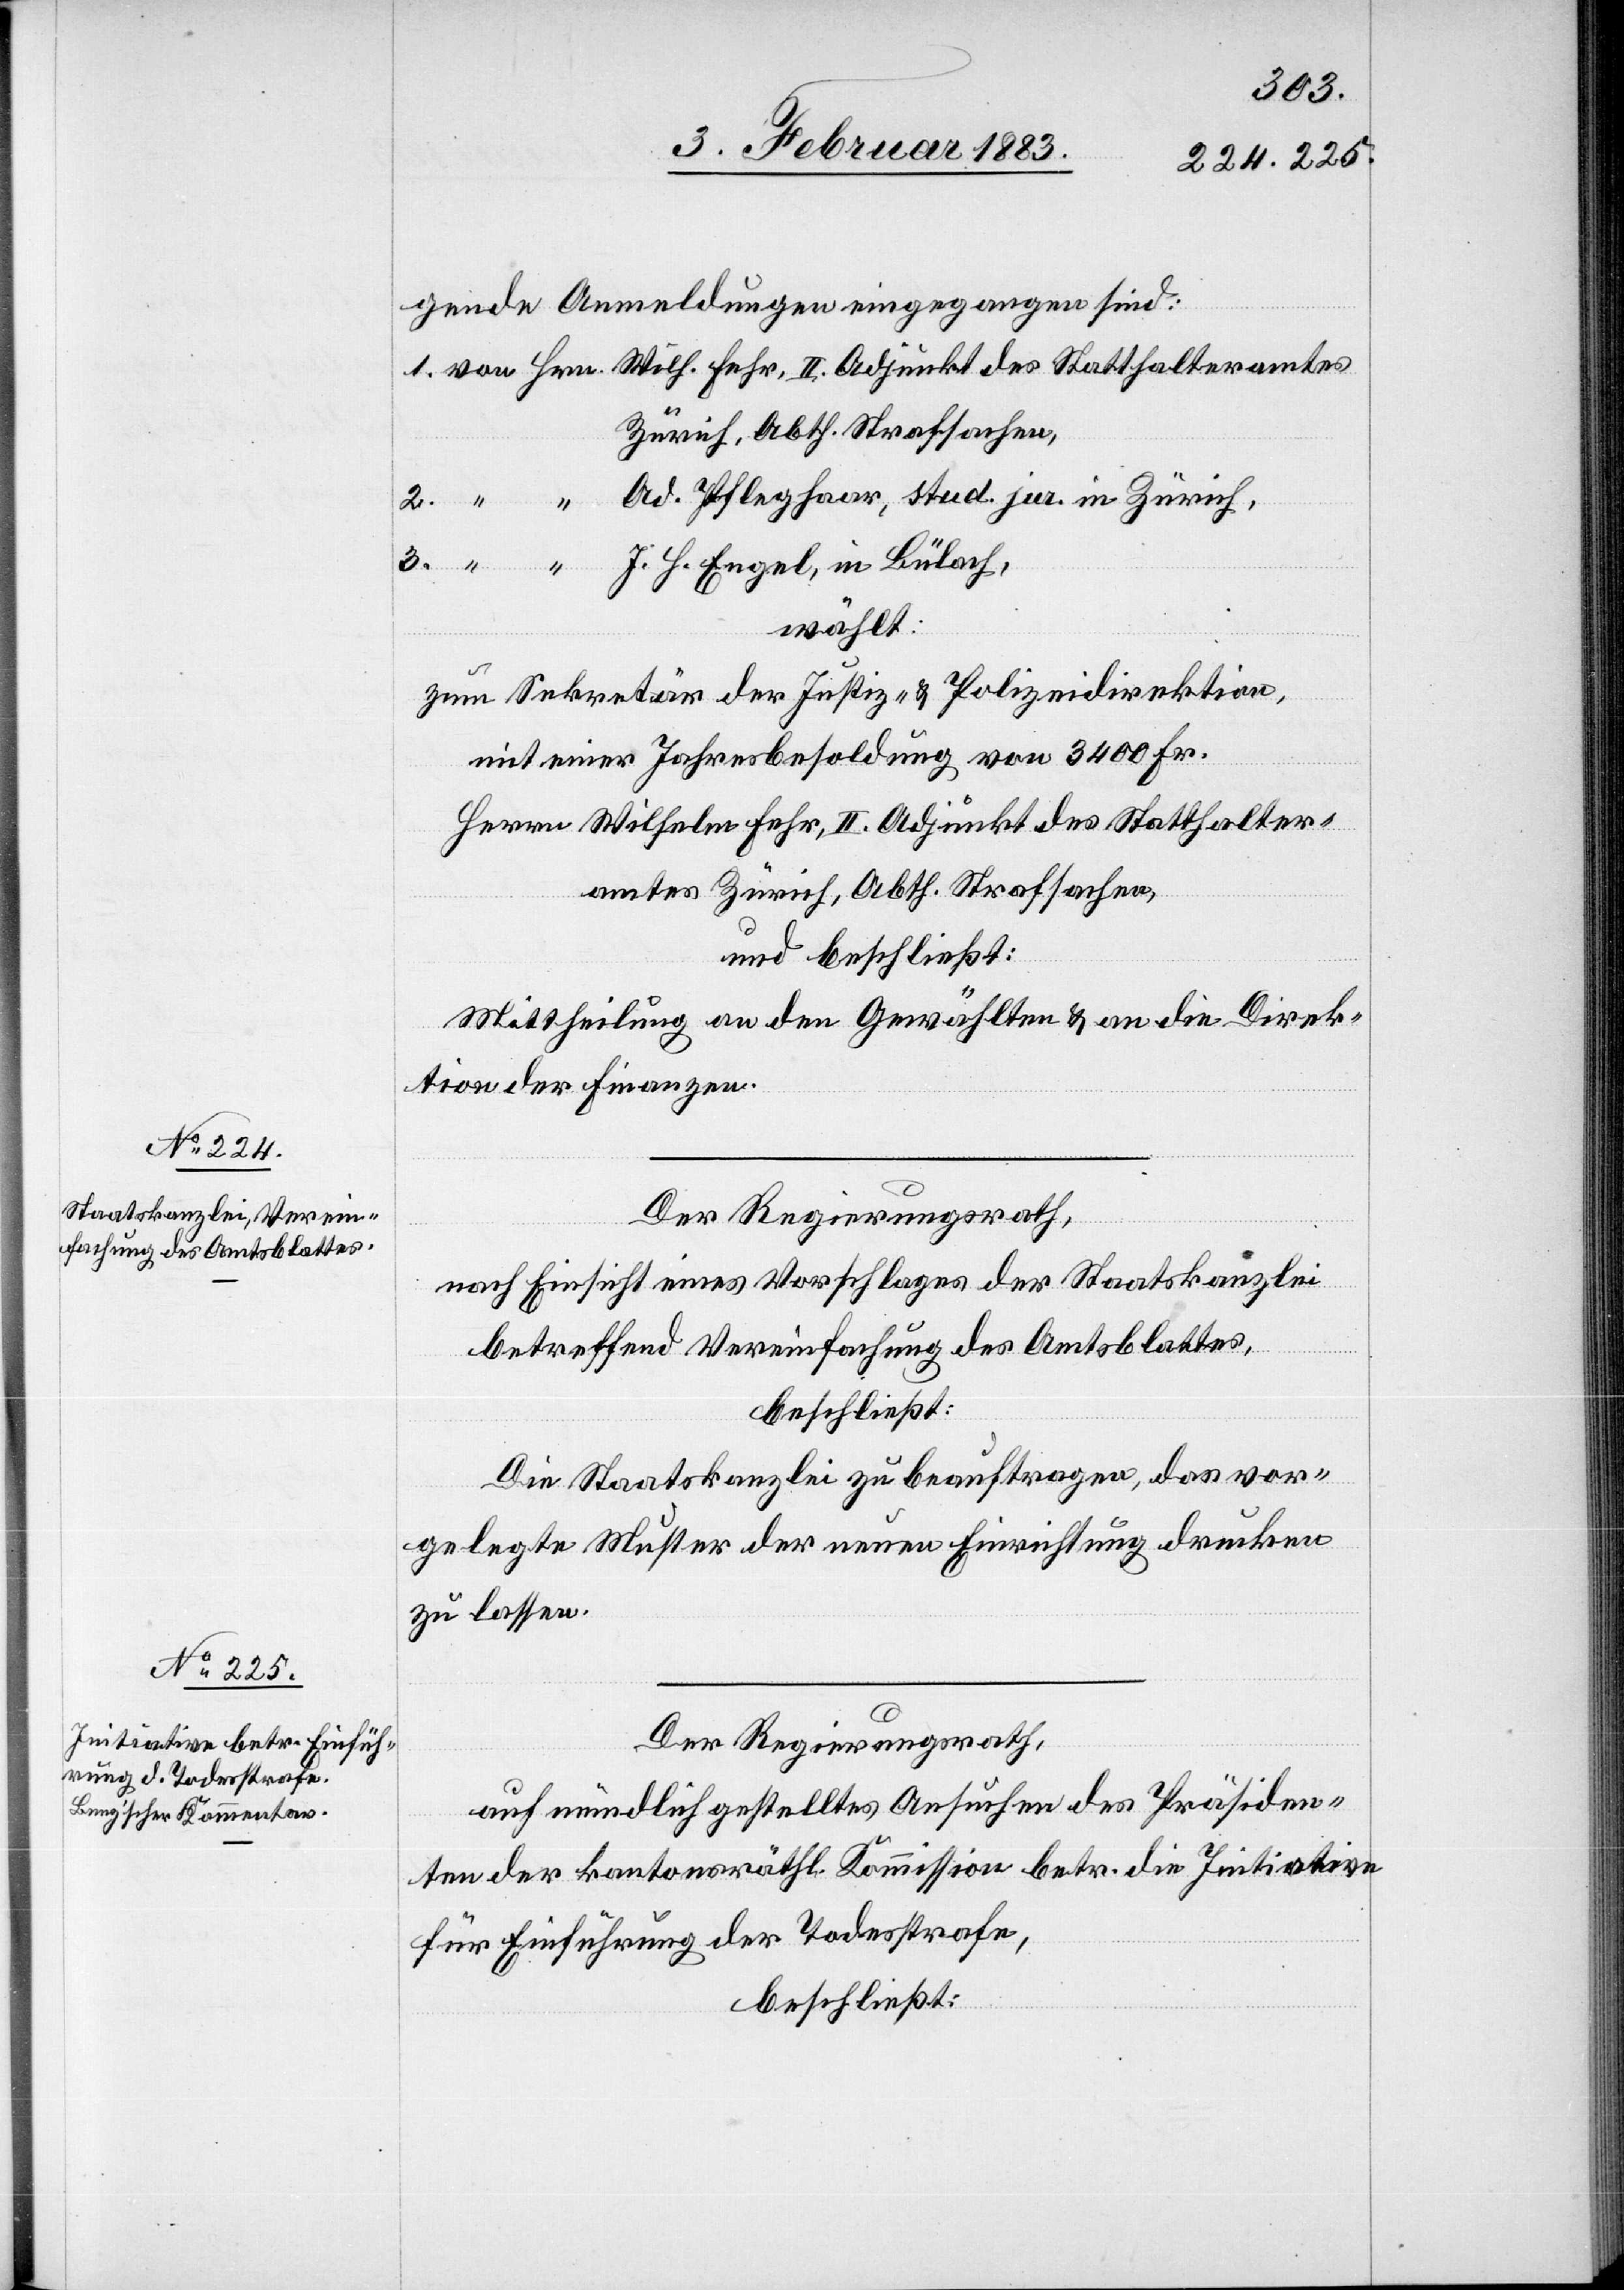
3.
gende Anmeldungen eingegangen sind:
Zürich, Abth. Strafsachen,
Ad. Pfleghaar, stud. jur. in Zürich,
J. H. Engel, in Bülach,
wählt:
zum Sekretär der Justiz- & Polizeidirektion,
mit einer Jahresbesoldung von 3400 Fr.
Herrn Wilhelm Fehr, II. Adjunkt des Statthalter¬
amtes Zürich, Abth. Strafsachen,
und beschließt:
Mittheilung an den Gewählten & an die Direk¬
tion der Finanzen.
Der Regierungsrath,
nach Einsicht eines Vorschlages der Staatskanzlei
betreffend Vereinfachung des Amtsblattes.
beschließt:
Die Staatskanzlei zu beauftragen, das vor¬
gelegte Muster der neuen Einrichtung drucken
zu lassen.
Der Regierungsrath,
auf mündlich gestelltes Ansuchen des Präsiden¬
ten der kantonsräthl. Kommission betr. die Initiative
für Einführung der Todesstrafe,
beschließt: